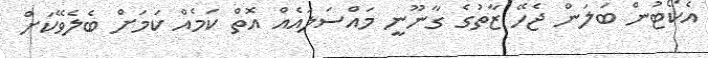
އެކޯޓުން ބަލަން ޖެހޭ ޒާތުގެ ގާނޫނީ މައްސަލައެއް އޮތް ކަމެއް ކަމަށް ބެލެވޭކަށް